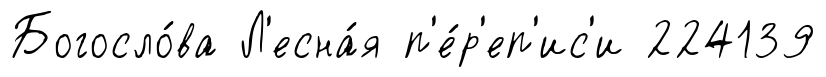
Богосло́ва Л'есна́я п'е́р'еп'ис'и 224139